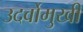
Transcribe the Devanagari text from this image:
उदर्वोमुखी